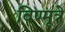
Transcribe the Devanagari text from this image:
विण्मूत्रे